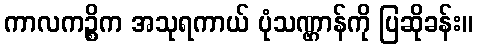
ကာလကဉ္စိက အသုရကာယ် ပုံသဏ္ဌာန်ကို ပြဆိုခန်း။